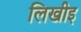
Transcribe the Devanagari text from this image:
लिखीइ